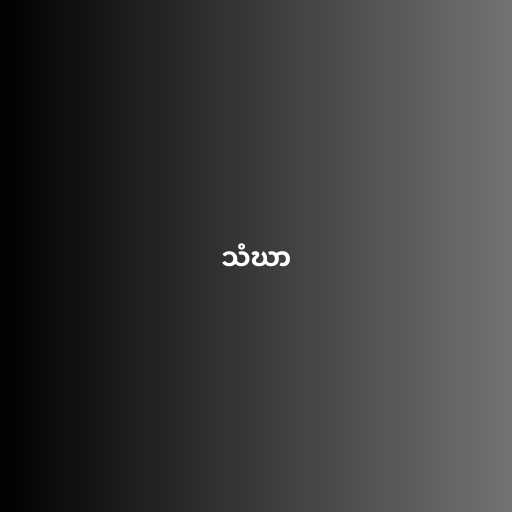
သံဃာ